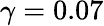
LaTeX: \gamma=0.07